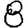
Digit: 8